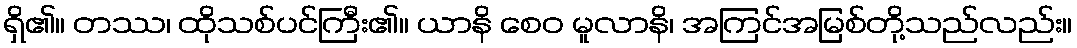
ရှိ၏။ တဿ၊ ထိုသစ်ပင်ကြီး၏။ ယာနိ စေဝ မူလာနိ၊ အကြင်အမြစ်တို့သည်လည်း။